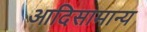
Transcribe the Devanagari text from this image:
आदिसामान्य